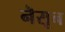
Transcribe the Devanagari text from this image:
नॆसून